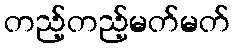
တည့်တည့်မတ်မတ်